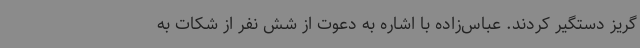
گریز دستگیر کردند. عباس‌زاده با اشاره به دعوت از شش نفر از شکات به